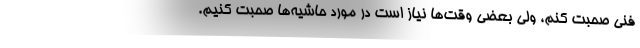
فنی صحبت کنم، ولی بعضی وقت‌ها نیاز است در مورد حاشیه‌ها صحبت کنیم.